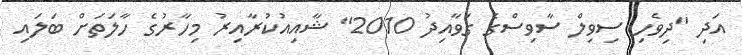
އަދި "ދިވެހި ސިވިލް ސާވިސްގެ ގަވާއިދު 2010" ޝާއިއުކުރާއިރު މިހާރުގެ ހާލަތަށް ބަލައި